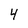
Character: 4